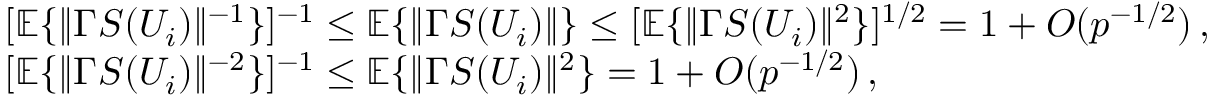
\begin{array} { r l r } & { [ { \mathbb { E } } \{ \| \Gamma S ( U _ { i } ) \| ^ { - 1 } \} ] ^ { - 1 } \leq { \mathbb { E } } \{ \| \Gamma S ( U _ { i } ) \| \} \leq [ { \mathbb { E } } \{ \| \Gamma S ( U _ { i } ) \| ^ { 2 } \} ] ^ { 1 / 2 } = 1 + O ( p ^ { - 1 / 2 } ) \, , } & \\ & { [ { \mathbb { E } } \{ \| \Gamma S ( U _ { i } ) \| ^ { - 2 } \} ] ^ { - 1 } \leq { \mathbb { E } } \{ \| \Gamma S ( U _ { i } ) \| ^ { 2 } \} = 1 + O ( p ^ { - 1 / 2 } ) \, , } & \end{array}